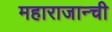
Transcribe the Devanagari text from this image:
महाराजान्ची